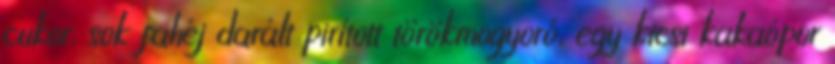
cukor, sok fahéj darált pirított törökmogyoró, egy kicsi kakaópor